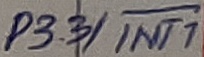
Text: P3.3/INT1